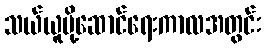
သယ်ယူပို့ဆောင်ရေးကာလအတွင်း